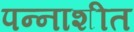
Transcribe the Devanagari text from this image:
पन्‍नाशीत